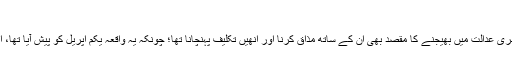
“ (انجیل لوقا، ب۲۳، آیت۱۱، ص۲۲۸)
لاروس کا کہنا ہے کہ حضرت مسیح علیہ السلام کو ایک عدالت سے دوسری عدالت میں بھیجنے کا مقصد بھی ان کے ساتھ مذاق کرنا اور انھیں تکلیف پہنچانا تھا؛ چونکہ یہ واقعہ یکم اپریل کو پیش آیا تھا، اس لیے اپریل فول کی رسم درحقیقت اسی شرمناک واقعے کی یادگار ہے۔